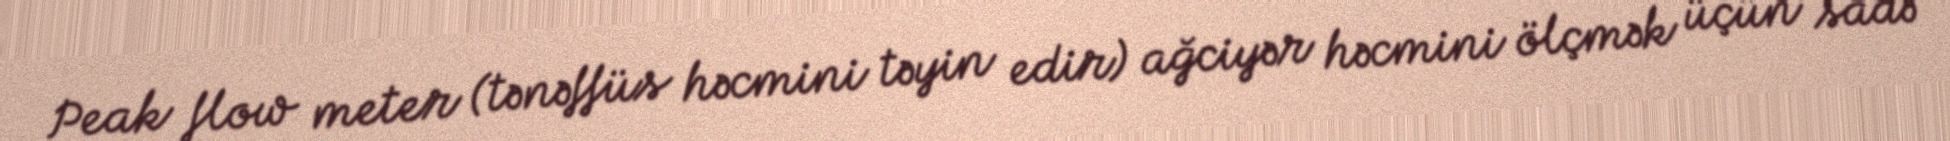
Peak flow meter (tənəffüs həcmini təyin edir) ağciyər həcmini ölçmək üçün sadə